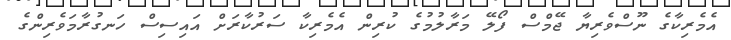
އެމެރިކާގެ ނޫސްވެރިޔާ ޖޭމްސް ފޯލޭ މަރާލުމުގެ ކުރިން އެމެރިކާ ސަރުކާރަށް އައިސިސް ހަނގުރާމަވެރިންގެ